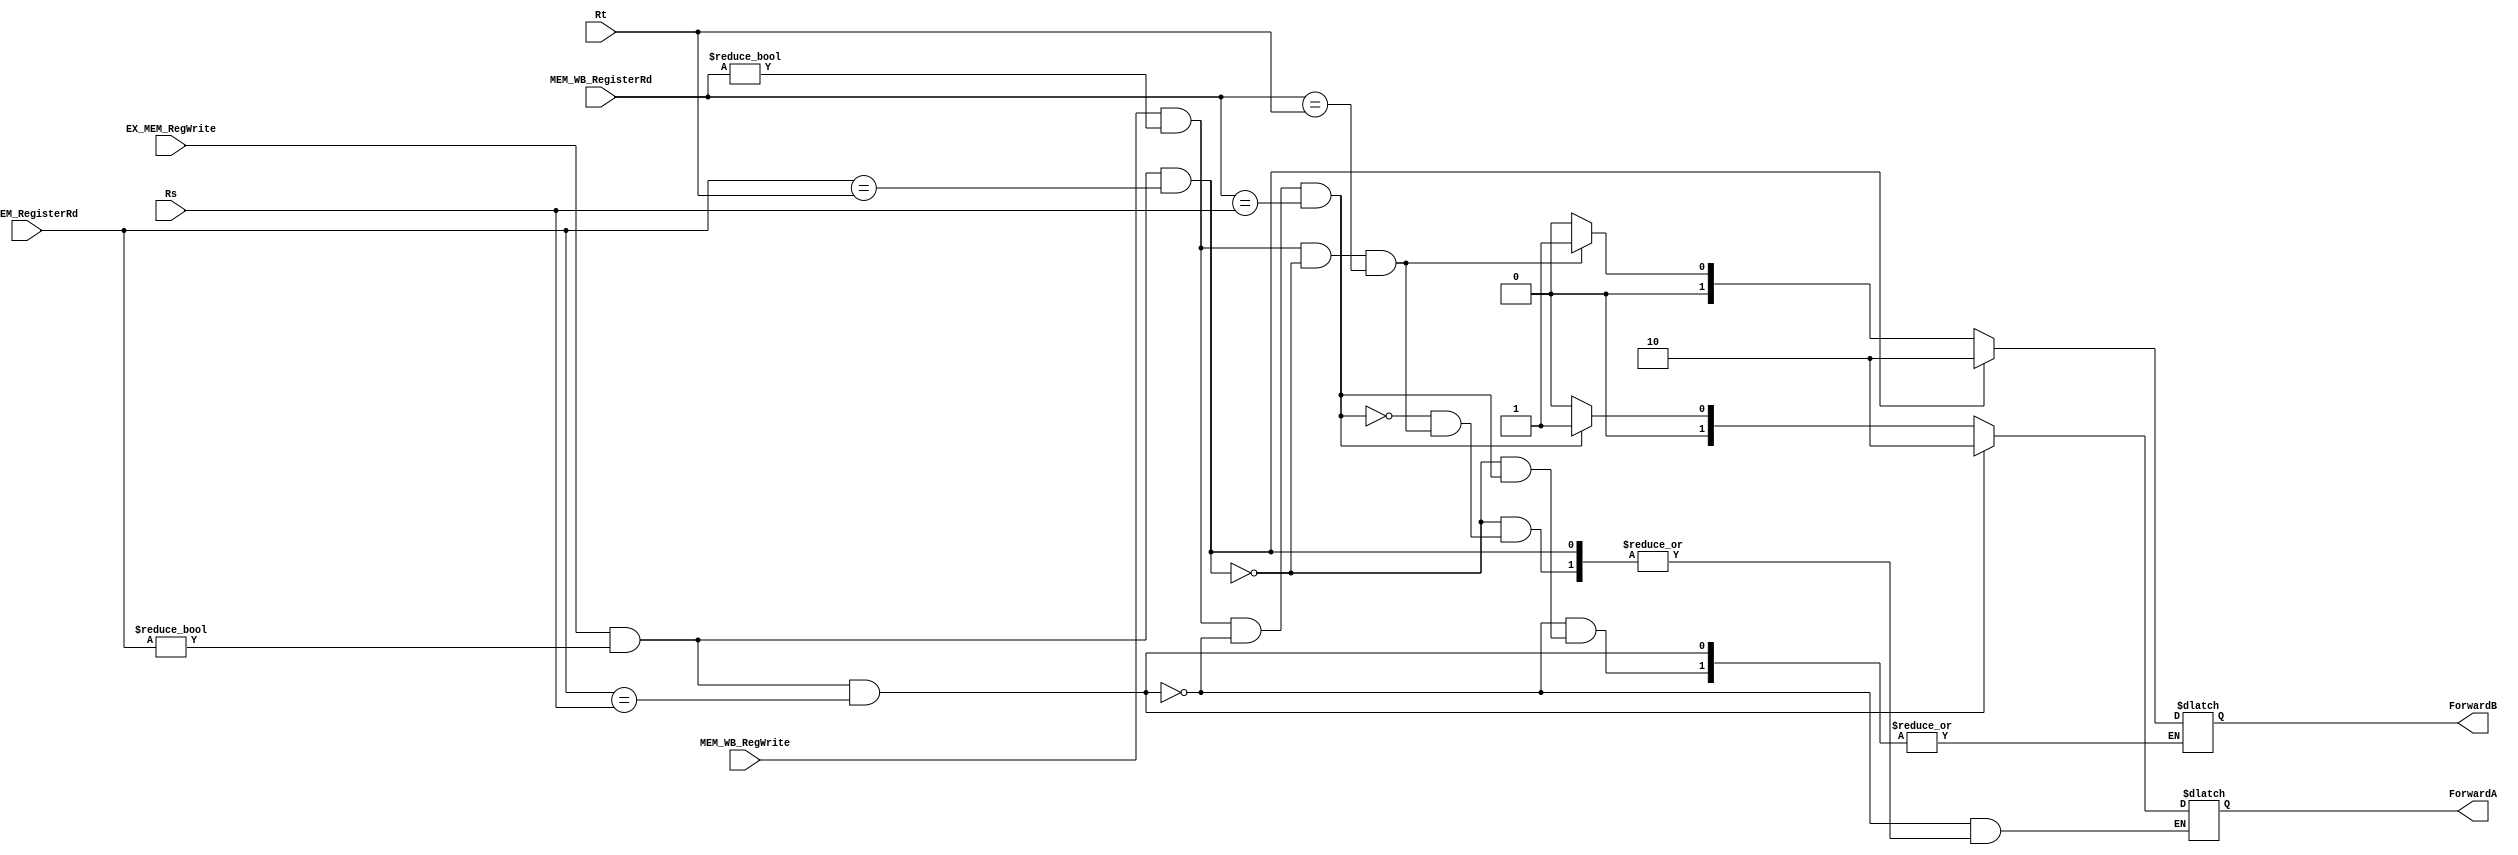
`timescale 1ns / 1ps
//////////////////////////////////////////////////////////////////////////////////
// Company: 
// Engineer: 
// 
// Design Name: 
// Module Name: FORWARDING_UNIT
// Project Name: 
// Target Devices: 
// Tool Versions: 
// Description: 
// 
// Dependencies: 
// 
// Revision:
// Revision 0.01 - File Created
// Additional Comments:
// 
//////////////////////////////////////////////////////////////////////////////////


module FORWARDING_UNIT(EX_MEM_RegWrite, MEM_WB_RegWrite, Rs, Rt, EX_MEM_RegisterRd, MEM_WB_RegisterRd, ForwardA, ForwardB);
    input EX_MEM_RegWrite, MEM_WB_RegWrite;
    input [4:0] Rs, Rt;
    input [4:0] EX_MEM_RegisterRd, MEM_WB_RegisterRd;
    output reg [1:0] ForwardA, ForwardB;
    
    always @(EX_MEM_RegWrite, MEM_WB_RegWrite, Rs, Rt, EX_MEM_RegisterRd, MEM_WB_RegisterRd) begin
        if((EX_MEM_RegWrite == 1'b1) & (EX_MEM_RegisterRd != 4'b0) & (EX_MEM_RegisterRd == Rs)) begin
            ForwardA <= 2'b10;
        end else if((EX_MEM_RegWrite == 1'b1) & (EX_MEM_RegisterRd != 4'b0) & (EX_MEM_RegisterRd == Rt)) begin
            ForwardB <= 2'b10;
        end else if((MEM_WB_RegWrite == 1'b1) & (MEM_WB_RegisterRd != 4'b0) & ~((EX_MEM_RegWrite == 1'b1) & (EX_MEM_RegisterRd != 4'b0) & (EX_MEM_RegisterRd == Rs)) & (MEM_WB_RegisterRd == Rs)) begin
            ForwardA <= 2'b01;
        end else if((MEM_WB_RegWrite == 1'b1) & (MEM_WB_RegisterRd != 4'b0) & ~((EX_MEM_RegWrite == 1'b1) & (EX_MEM_RegisterRd != 4'b0) & (EX_MEM_RegisterRd == Rt)) & (MEM_WB_RegisterRd == Rt)) begin
            ForwardB <= 2'b01;
        end else begin
            ForwardA <= 2'b00;
            ForwardB <= 2'b00;
        end
    end
    
endmodule